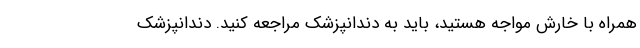
همراه با خارش مواجه هستید، باید به دندانپزشک مراجعه کنید. دندانپزشک